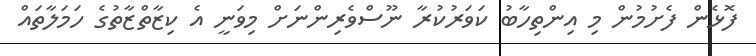
ފޮޅެން ފެށުމުން މި އިންތިހާބު ކަވަރުކުރާ ނޫސްވެރިންނަށް މިވަނީ އެ ކިޒާތްޒާތުގެ ހަމަލާތައް